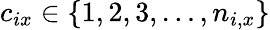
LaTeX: c_{ix}\in\{ 1,2,3,\ldots,n_{i,x}\}